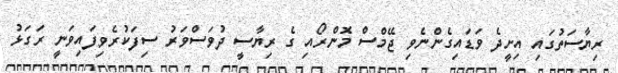
ރިޔާސަތުގައި އިށީދެ ވަޑައިގެންނެވި ޖޭމްސް މޮންރޯއި ގެ ރިޔާސީ ދުވަސްވަރު ސިފަކުރެވިފައިވަނީ ރަގަޅު